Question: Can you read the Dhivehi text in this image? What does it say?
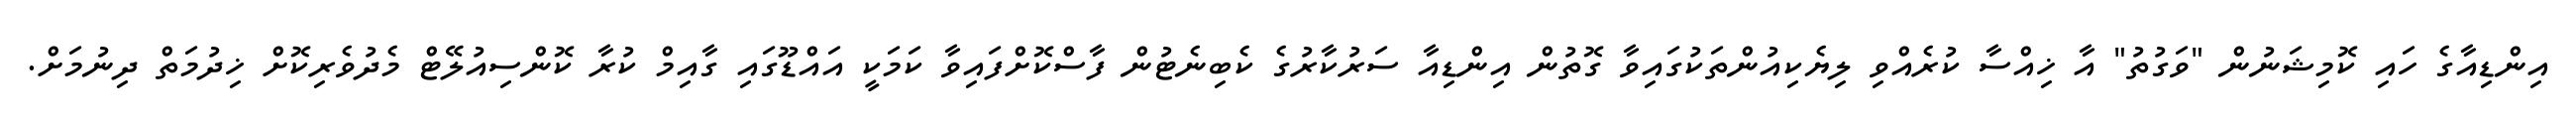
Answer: އިންޑިއާގެ ހައި ކޮމިޝަނުން "ވަގުތު" އާ ޚިއްސާ ކުރެއްވި ލިޔެކިއުންތަކުގައިވާ ގޮތުން އިންޑިއާ ސަރުކާރުގެ ކެބިނެޓުން ފާސްކޮށްފައިވާ ކަމަކީ އައްޑޫގައި ގާއިމް ކުރާ ކޮންސިއުލޭޓް މެދުވެރިކޮށް ޚިދުމަތް ދިނުމަށް.